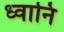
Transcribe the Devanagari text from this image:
ध्वानि